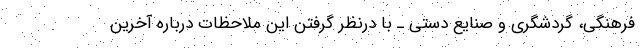
فرهنگی، گردشگری و صنایع دستی ـ با درنظر گرفتن این ملاحظات درباره آخرین